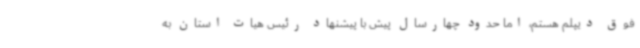
فوق دیپلم هستم، اما حدود چهارسال پیش با پیشنهاد رئیس هیات استان به